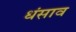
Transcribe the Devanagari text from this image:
धंसाव